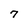
Character: 7